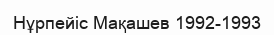
Нұрпейіс Мақашев 1992-1993